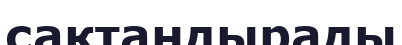
сақтандырады